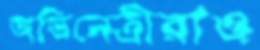
অভিনেত্রীরাও